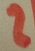
Text: 2